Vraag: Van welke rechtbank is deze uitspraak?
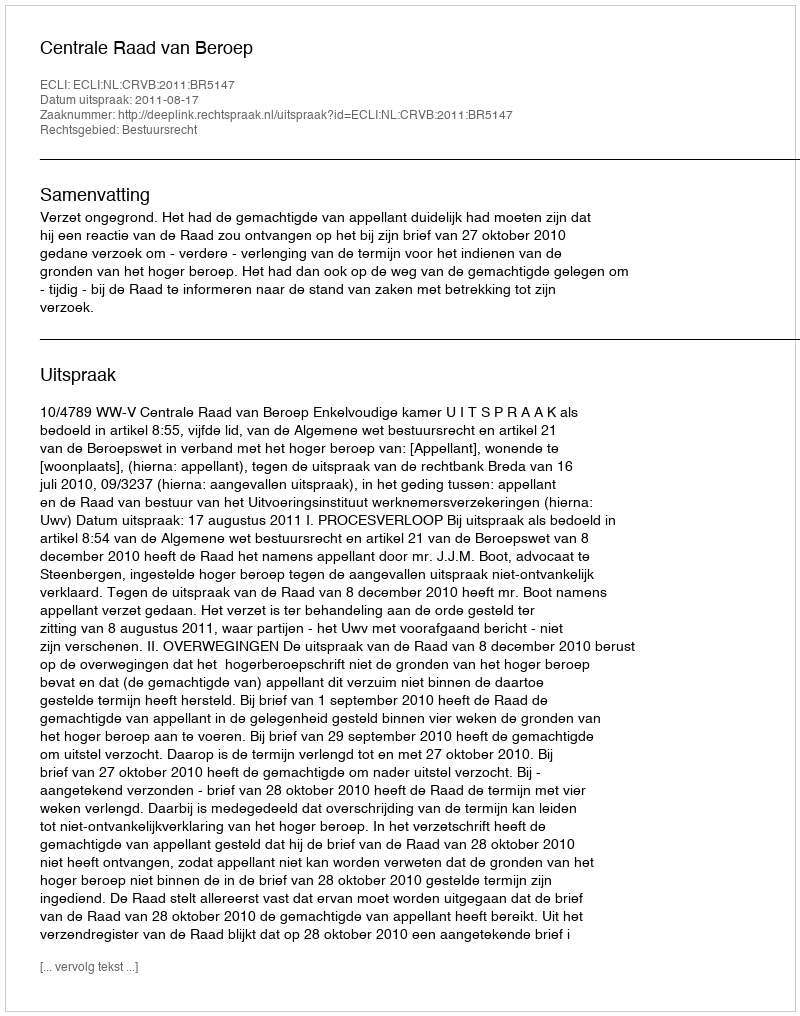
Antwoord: Centrale Raad van Beroep